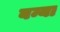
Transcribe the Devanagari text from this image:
बन्या